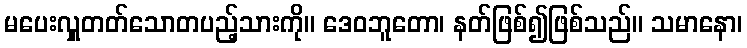
မပေးလှူတတ်သောတပည့်သားကို။ ဒေဝဘူတော၊ နတ်ဖြစ်၍ဖြစ်သည်။ သမာနော၊